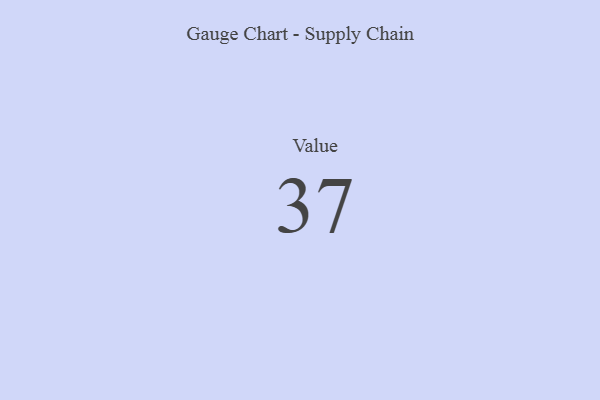
{"axis": {"x": "Metric", "y": "Value"}, "legend": [""], "data": [{"x": "Value", "y": 37, "type": ""}]}